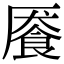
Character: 餍